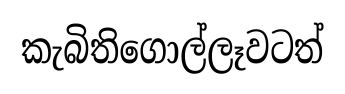
කැබිතිගොල්ලෑවටත්